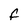
Character: f